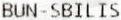
BUN-SBILIS